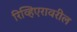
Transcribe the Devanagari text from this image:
रिव्हिएरावरील